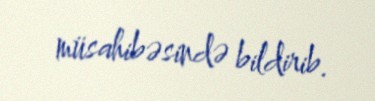
müsahibəsində bildirib.